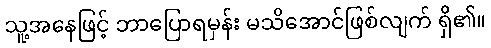
သူ့အနေဖြင့် ဘာပြောရမှန်း မသိအောင်ဖြစ်လျက် ရှိ၏။